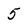
Character: 5